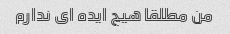
من مطلقا هیچ ایده ای ندارم